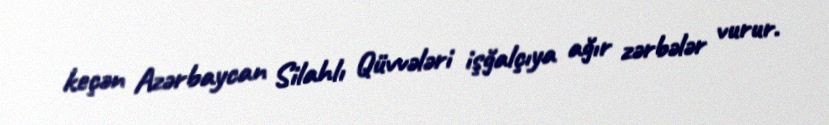
keçən Azərbaycan Silahlı Qüvvələri işğalçıya ağır zərbələr vurur.